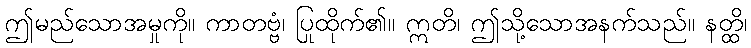
ဤမည်သောအမှုကို။ ကာတဗ္ဗံ၊ ပြုထိုက်၏။ ဣတိ၊ ဤသို့သောအနက်သည်။ နတ္ထိ၊